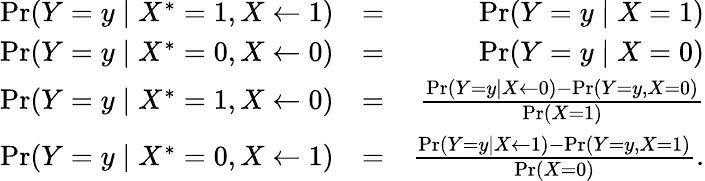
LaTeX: \begin{array}{rlr}{\operatorname*{Pr}(Y=y\mid X^{*}=1,X\leftarrow 1)}&{=}&{\operatorname*{Pr}(Y=y\mid X=1)}\\ {\operatorname*{Pr}(Y=y\mid X^{*}=0,X\leftarrow 0)}&{=}&{\operatorname*{Pr}(Y=y\mid X=0)}\\ {\operatorname*{Pr}(Y=y\mid X^{*}=1,X\leftarrow 0)}&{=}&{\frac{\operatorname*{Pr}(Y=y\mid X\leftarrow 0)-\operatorname*{Pr}(Y=y,X=0)}{\operatorname*{Pr}(X=1)}}\\ {\operatorname*{Pr}(Y=y\mid X^{*}=0,X\leftarrow 1)}&{=}&{\frac{\operatorname*{Pr}(Y=y\mid X\leftarrow 1)-\operatorname*{Pr}(Y=y,X=1)}{\operatorname*{Pr}(X=0)}.}\end{array}